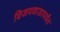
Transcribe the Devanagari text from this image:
विजयवाडापर्यंत